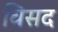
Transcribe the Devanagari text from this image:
विसद